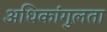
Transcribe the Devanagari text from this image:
अधिकांगुलता